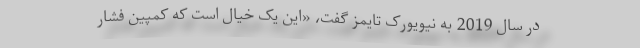
در سال 2019 به نیویورک تایمز گفت، «این یک خیال است که کمپین فشار